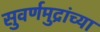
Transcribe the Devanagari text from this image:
सुवर्णमुद्रांच्या